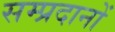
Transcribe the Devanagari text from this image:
सम्प्रदानों